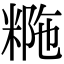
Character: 𥺡